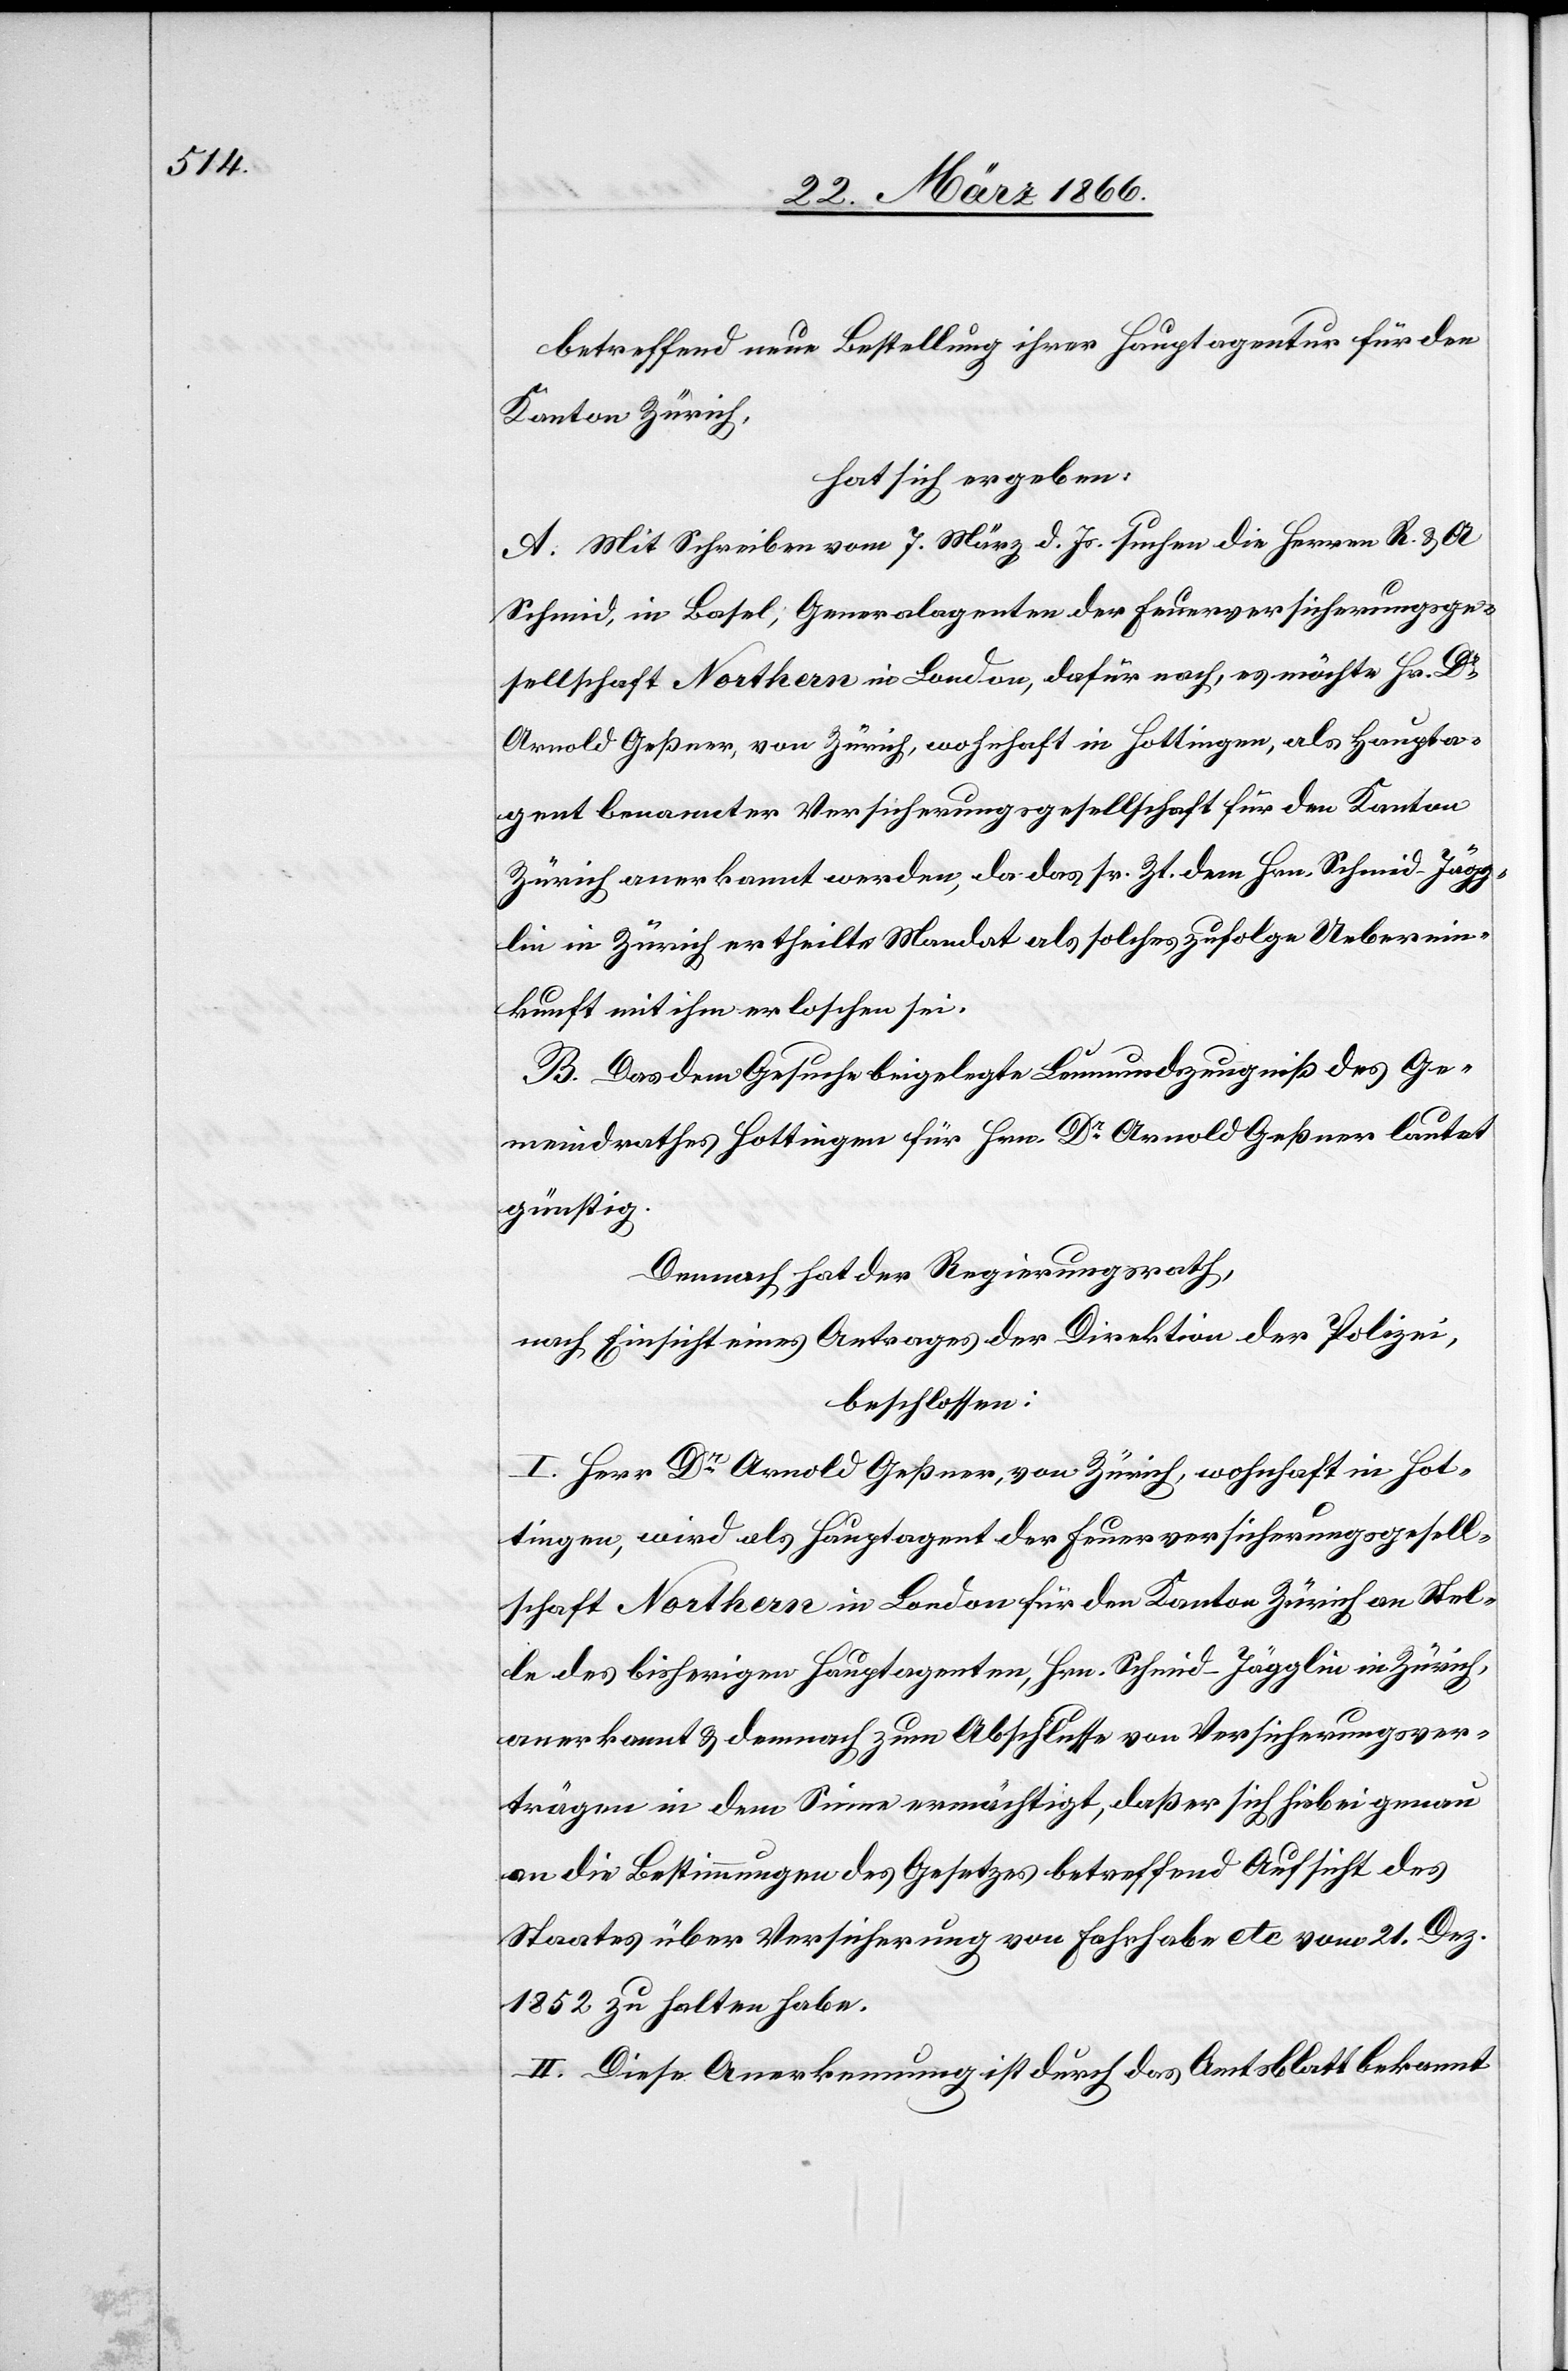
betreffend neue Bestellung ihrer Hauptagenten für den
Kanton Zürich,
hat sich ergeben:
A. Mit Schreiben vom 7. März d. Js. suchen die Herren R. u. A
Schmid, in Basel, Generalagenten der Feuerversicherungsge¬
sellschaft Northern in London, dafür nach, es möchte Hr. Dr.
Arnold Geßner, von Zürich, wohnhaft in Hottingen, als Haupta¬
gent benannter Versicherungsgesellschaft für den Kanton
Zürich anerkannt werden, da das sr. Zt. dem Hrn Schmid–Jägg¬
lin in Zürich ertheilte Mandat als solches zufolge Ueberein¬
kunft mit ihm erloschen sei.
B. Das dem Gesuche beigelegte Leumundszeugniß des Ge¬
meindrathes Hottingen für Hrn Dr. Arnold Geßner lautet
günstig.
Demnach hat der Regierungsrath,
nach Einsicht eines Antrages der Direktion der Polizei,
beschlossen:
I. Herr Dr. Arnold Geßner, von Zürich, wohnhaft in Hot¬
tingen, wird als Hauptagent der Feuerversicherungsgesell¬
schaft Northern in London für den Kanton Zürich an Stel¬
le des bisherigen Hauptagenten, Hrn. Schmid–Jägglin in Zürich,
anerkannt u. demnach zum Abschlusse von Versicherungsver¬
trägen in dem Sinne ermächtigt, daß er sich hiebei genau
an die Bestimmungen des Gesetzes betreffend Aufsicht des
Staates über Versicherung von Fahrhabe etc. vom 21. Dez.
1852 zu halten habe.
II. Diese Anerkennung ist durch das Amtsblatt bekannt